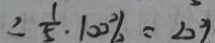
\frac { 1 } { 5 } \cdot 1 0 0 \% = 2 0 \%